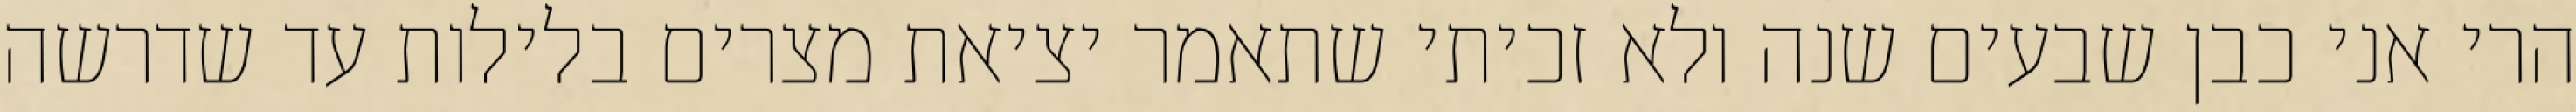
הרי אני כבן שבעים שנה ולא זכיתי שתאמר יציאת מצרים בלילות עד שדרשה